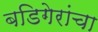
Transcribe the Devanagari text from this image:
बडिगेरांचा